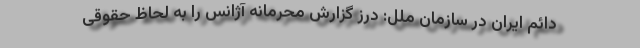
دائم ایران در سازمان ملل: درز گزارش محرمانه آژانس را به لحاظ حقوقی